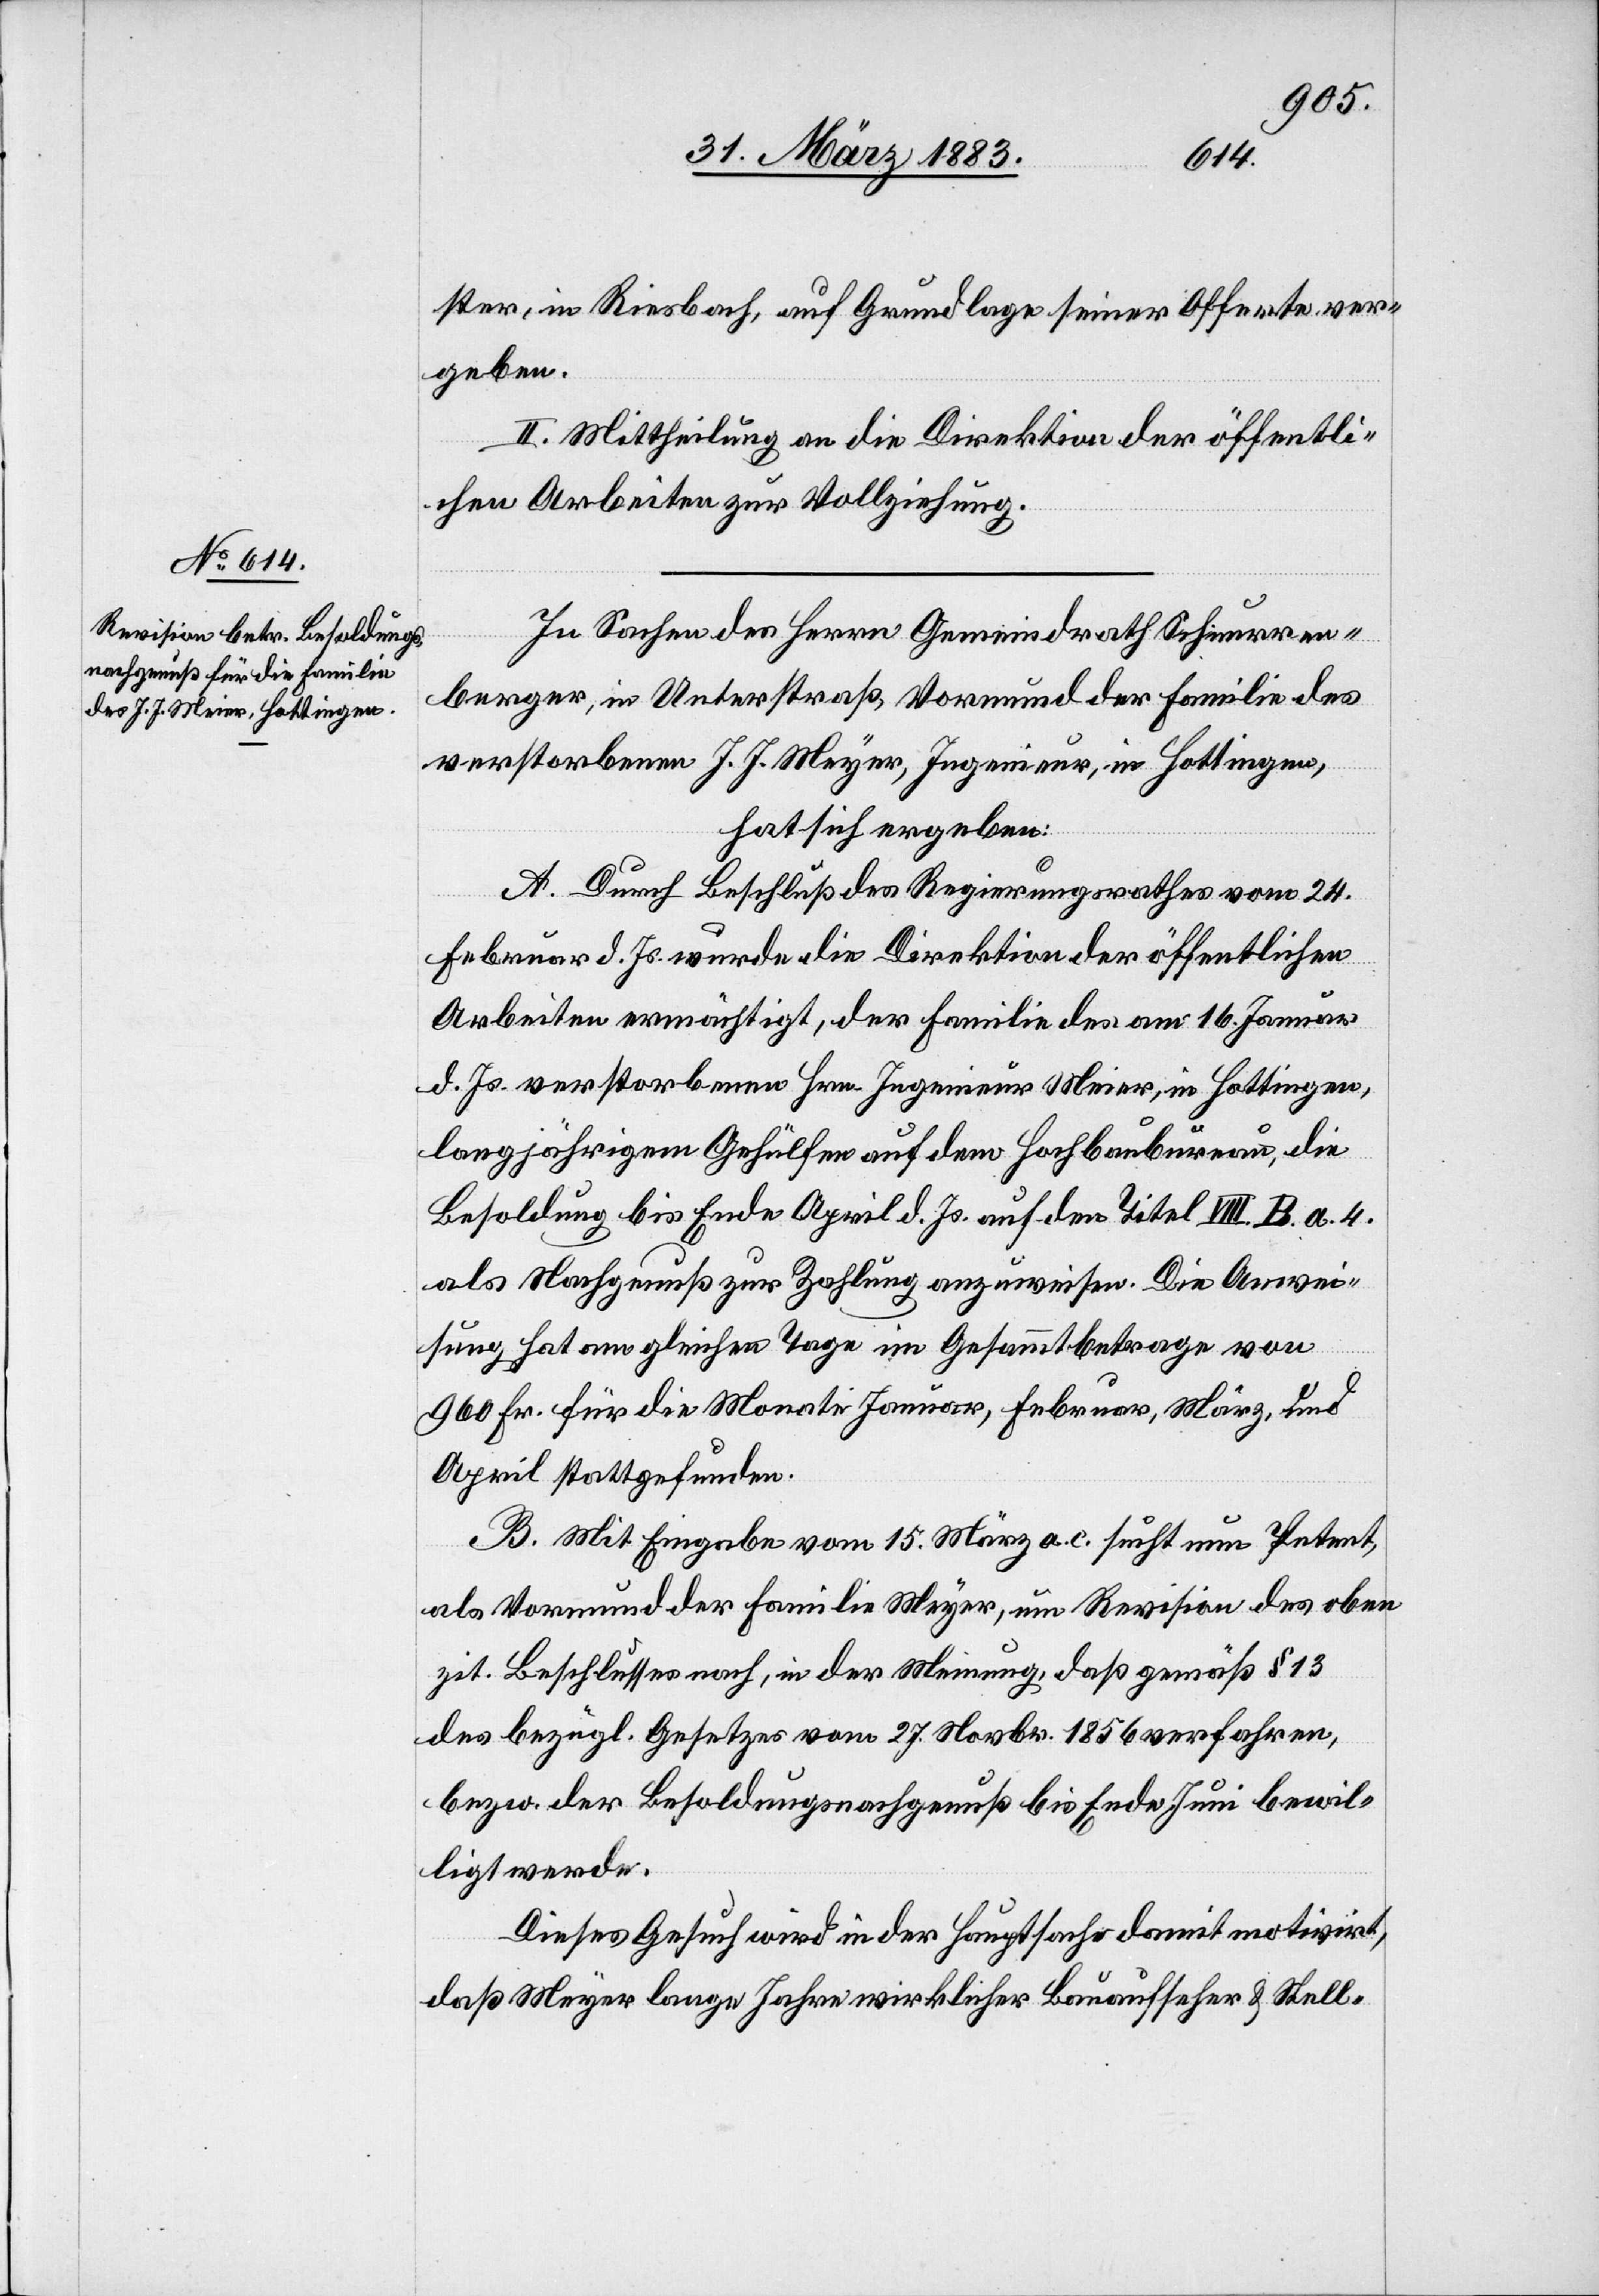
ster, in Riesbach, auf Grundlage seiner Offerte ver¬
geben.
II. Mittheilung an die Direktion der öffentli¬
chen Arbeiten zur Vollziehung.
In Sachen des Herrn Gemeindrath Schnurren¬
berger, in Unterstraß, Vormund der Familie des
verstorbenen J. J. Meyer [sic!], Ingenieur, in Hottingen,
hat sich ergeben:
A. Durch Beschluß des Regierungsrathes vom 24.
Februar d. Js. wurde die Direktion der öffentlichen
Arbeiten ermächtigt, der Familie des am 16. Januar
d. Js. verstorbenen Hrn. Ingenieur Meier, in Hottingen,
langjährigem Gehülfen auf dem Hochbaubureau, die
Besoldung bis Ende April d. Js. auf den Titel VIII. B. a. 4.
als Nachgenuß zur Zahlung anzuweisen. Die Anwei¬
sung hat am gleichen Tage im Gesammtbetrage von
960 Fr. für die Monate Januar, Februar, März, und
April stattgefunden.
B. Mit Eingabe vom 15. März a. c. sucht nun Petent,
als Vormund der Familie Meyer, um Revision des oben
zit. Beschlusses nach, in der Meinung, daß gemäß § 13
des bezügl. Gesetzes vom 27. Novbr. 1856 verfahren,
bezw. der Besoldungsnachgenuß bis Ende Juni bewil¬
ligt werde.
Dieses Gesuch wird in der Hauptsache damit motivirt,
daß Meyer lange Jahre wirklicher Bauaufseher & Stell-